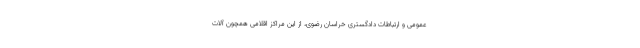
عمومی و ارتباطات دادگستری خراسان رضوی، از این مراکز اقلامی همچون آلات